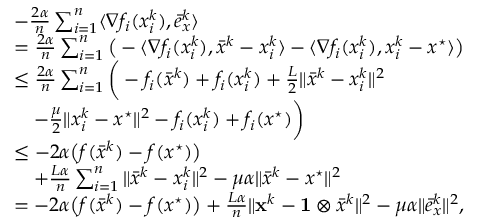
\begin{array} { r l } & { - \frac { 2 \alpha } { n } \textstyle \sum _ { i = 1 } ^ { n } \langle \nabla f _ { i } ( x _ { i } ^ { k } ) , \bar { e } _ { x } ^ { k } \rangle } \\ & { = \frac { 2 \alpha } { n } \textstyle \sum _ { i = 1 } ^ { n } \big ( - \langle \nabla f _ { i } ( x _ { i } ^ { k } ) , \bar { x } ^ { k } - x _ { i } ^ { k } \rangle - \langle \nabla f _ { i } ( x _ { i } ^ { k } ) , x _ { i } ^ { k } - x ^ { \star } \rangle \big ) } \\ & { \leq \frac { 2 \alpha } { n } \textstyle \sum _ { i = 1 } ^ { n } \bigg ( - f _ { i } ( \bar { x } ^ { k } ) + f _ { i } ( x _ { i } ^ { k } ) + \frac { L } { 2 } \| \bar { x } ^ { k } - x _ { i } ^ { k } \| ^ { 2 } } \\ & { \quad - \frac { \mu } { 2 } \| x _ { i } ^ { k } - x ^ { \star } \| ^ { 2 } - f _ { i } ( x _ { i } ^ { k } ) + f _ { i } ( x ^ { \star } ) \bigg ) } \\ & { \leq - 2 \alpha \big ( f ( \bar { x } ^ { k } ) - f ( x ^ { \star } ) \big ) } \\ & { \quad + \frac { L \alpha } { n } \textstyle \sum _ { i = 1 } ^ { n } \| \bar { x } ^ { k } - x _ { i } ^ { k } \| ^ { 2 } - \mu \alpha \| \bar { x } ^ { k } - x ^ { \star } \| ^ { 2 } } \\ & { = - 2 \alpha \big ( f ( \bar { x } ^ { k } ) - f ( x ^ { \star } ) \big ) + \frac { L \alpha } { n } \| { \mathbf { x } } ^ { k } - \mathbf { 1 } \otimes \bar { x } ^ { k } \| ^ { 2 } - \mu \alpha \| \bar { e } _ { x } ^ { k } \| ^ { 2 } , } \end{array}